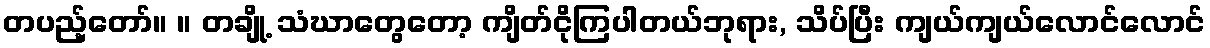
တပည့်တော်။ ။ တချို့ သံဃာတွေတော့ ကျိတ်ငိုကြပါတယ်ဘုရား, သိပ်ပြီး ကျယ်ကျယ်လောင်လောင်